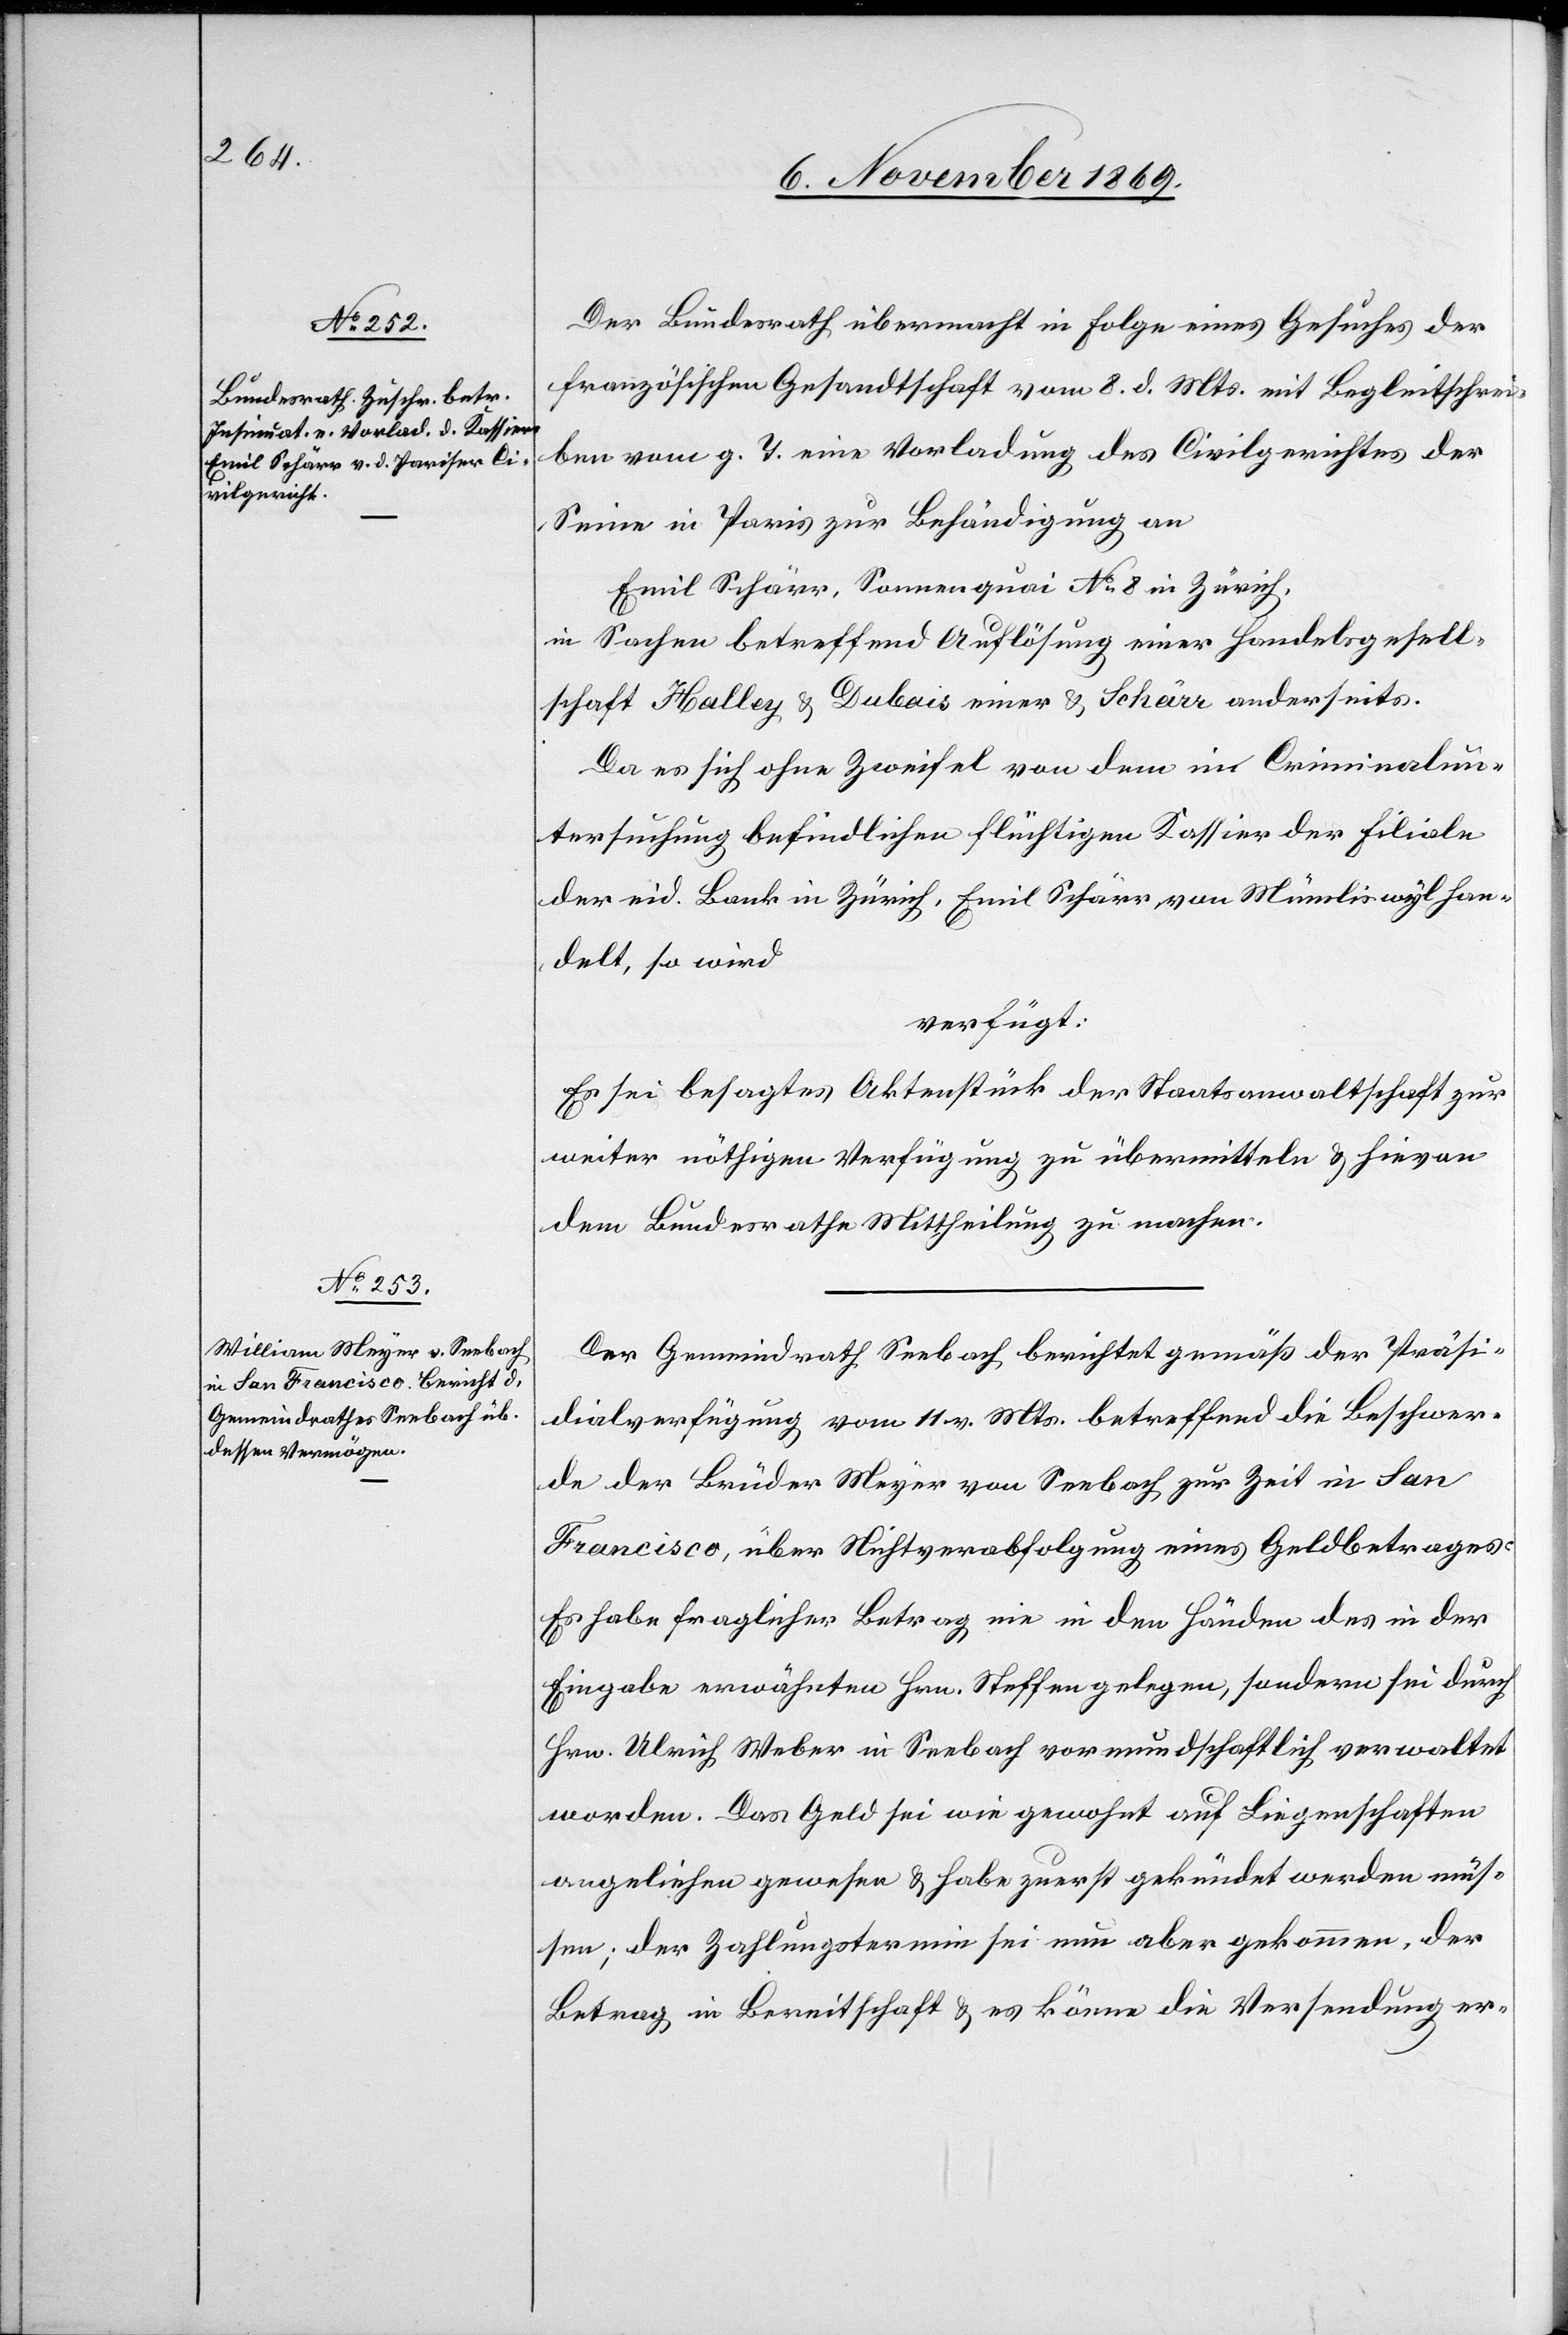
10. November 1869.]
Der Bundesrath übermacht in Folge eines Gesuches der
französischen Gesandtschaft vom 8. d. Mts. mit Begleitschrei¬
ben vom g. T. eine Vorladung des Civilgerichtes der
Seine in Paris zur Behändigung an
Emil Schärr, Sonnenquai No 8 in Zürich,
in Sachen betreffend Auflösung einer Handelsgesell¬
schaft Halley & Dubois einer[-] & Schärr anderseits.
Da es sich ohne Zweifel von dem [recte: um den] in Criminalun¬
tersuchung befindlichen flüchtigen Kassier der Filiale
der eid. Bank in Zürich, Emil Schärr, von Mümliswyl han¬
delt, so wird
verfügt:
Es sei besagtes Aktenstück der Staatsanwaltschaft zur
weiter nöthigen Verfügung zu übermitteln & hievon
dem Bundesrathe Mittheilung zu machen.
Der Gemeindrath Seebach berichtet gemäß der Präsi¬
dialverfügung vom 11. v. Mts. betreffend die Beschwer¬
de der Brüder Meyer von Seebach zur Zeit in San
Francisco, über Nichtverabfolgung eines Geldbetrages:
Es habe fraglicher Betrag nie in den Händen des in der
Eingabe erwähnten Hrn. Steffen gelegen, sondern sei durch
Hrn. Ulrich Weber in Seebach vormundschaftlich verwaltet
worden. Das Geld sei wie gewohnt auf Liegenschaften
angeliehen gewesen & habe zuerst gekündet werden müs¬
sen; der Zahlungstermin sei nun aber gekommen, der
Betrag in Bereitschaft & es könne die Versendung er-